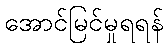
အောင်မြင်မှုရရန်